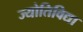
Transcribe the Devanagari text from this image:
ज्योतिविद्या